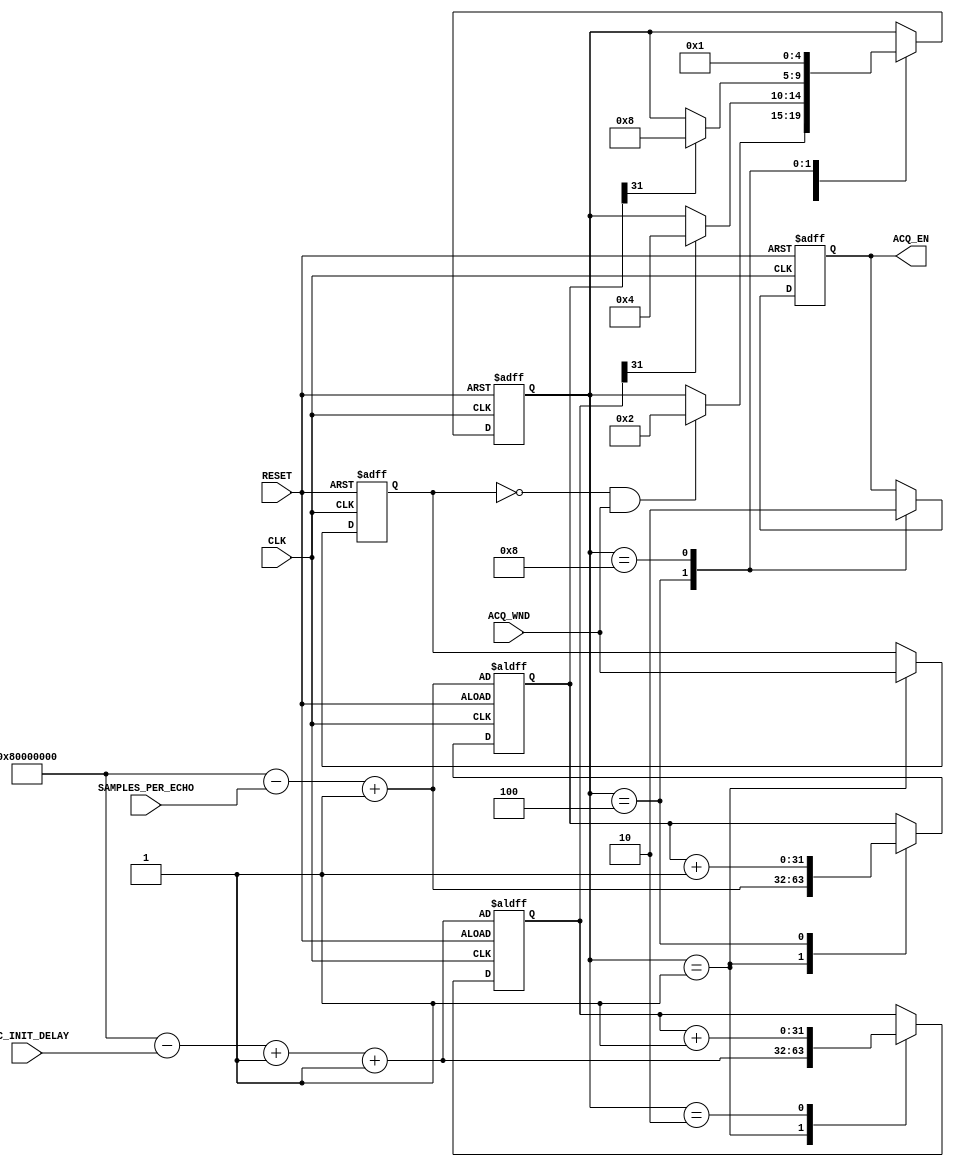
/*

	this is the active window generator for ADC acquisition
	it computes the ADC initial delay in the delay_with_acquisition window
	and generate another window for the real ADC data acquisition, which
	in general will be shorter than the original delay_with_acqusition window
	The window for ADC real acquisition itself will be proportional to the length
	of SAMPLES_PER_ECHO or in KeA2 it is called number-of-points.
	
	There is an issue: TOKEN was implemented to prevent retriggering. But also at the same time, if CLK is generated after ACQ_WND rises,
	TOKEN is not resetted to 0, which will prevent the state machine from running. It is fixed by having reset button implemented to reset the TOKEN to 0 just before any acquisition

*/

module ADC_ACQ_WINGEN
# (
	parameter SAMPLES_PER_ECHO_WIDTH = 32,
	parameter ADC_INIT_DELAY_WIDTH = 32 
)
(

	// parameters
	input [ADC_INIT_DELAY_WIDTH-1:0] ADC_INIT_DELAY,		// minimum value of 2
	input [SAMPLES_PER_ECHO_WIDTH-1:0] SAMPLES_PER_ECHO,	// minimum value of 1
	
	// control signal
	input ACQ_WND,
	output reg ACQ_EN,
	
	// system signal
	input CLK,
	input RESET
);
	
	reg [ADC_INIT_DELAY_WIDTH-1:0] ADC_DELAY_CNT;
	wire [ADC_INIT_DELAY_WIDTH-1:0] ADC_DELAY_CNT_LOADVAL;
	reg [SAMPLES_PER_ECHO_WIDTH-1:0] SAMPLES_PER_ECHO_CNT;
	wire [SAMPLES_PER_ECHO_WIDTH-1:0] SAMPLES_PER_ECHO_CNT_LOADVAL;
	
	reg TOKEN; // token to avoid restarting ACQ_EN window when the ACQ_WND is long
	
	reg [4:0] State;
	localparam [4:0]
		S0 = 5'b00001,
		S1 = 5'b00010,
		S2 = 5'b00100,
		S3 = 5'b01000,
		S4 = 5'b10000;
		
	
	assign ADC_DELAY_CNT_LOADVAL = {1'b1,{ (ADC_INIT_DELAY_WIDTH-1) {1'b0} }} - ADC_INIT_DELAY + 1'b1 + 1'b1;
	assign SAMPLES_PER_ECHO_CNT_LOADVAL = {1'b1,{ (SAMPLES_PER_ECHO_WIDTH-1) {1'b0} }} - SAMPLES_PER_ECHO + 1'b1;
	
	initial
	begin
		ADC_DELAY_CNT <= {ADC_INIT_DELAY_WIDTH{1'b0}};
		SAMPLES_PER_ECHO_CNT <= {SAMPLES_PER_ECHO_WIDTH{1'b0}};
		TOKEN <= 1'b0;
	end
	
	always @(posedge CLK, posedge RESET)
	begin
		if (RESET)
		begin
			ACQ_EN <= 1'b0;
			TOKEN <= 1'b0;
			ADC_DELAY_CNT <= ADC_DELAY_CNT_LOADVAL;
			SAMPLES_PER_ECHO_CNT <= SAMPLES_PER_ECHO_CNT_LOADVAL;
			State <= S0;
		end
		
		else
		begin
			
			case (State)
				
				S0 : // wait for the acquisition window timing
				begin
					ADC_DELAY_CNT <= ADC_DELAY_CNT_LOADVAL;
					SAMPLES_PER_ECHO_CNT <= SAMPLES_PER_ECHO_CNT_LOADVAL;
					TOKEN <= ACQ_WND;
					if (TOKEN == 1'b0 && ACQ_WND == 1'b1) // detecting ACQ_WND rising edge
						State = S1;
				end
				
				S1 : // wait for the given ADC initial delay
				begin
					ADC_DELAY_CNT <= ADC_DELAY_CNT + 1'b1;
					if (ADC_DELAY_CNT[ADC_INIT_DELAY_WIDTH-1])
						State <= S2;
				end
				
				S2 : // enable ACQ_EN
				begin
					SAMPLES_PER_ECHO_CNT <= SAMPLES_PER_ECHO_CNT + 1'b1;
					ACQ_EN <= 1'b1;
					if (SAMPLES_PER_ECHO_CNT[SAMPLES_PER_ECHO_WIDTH-1])
						State <= S3;
				end
				
				S3 : // clear the ACQ_EN and finish the state machine
				begin
					ACQ_EN <= 1'b0;
					State <= S0;
				end
				
			endcase
			
		end
	end

endmodule